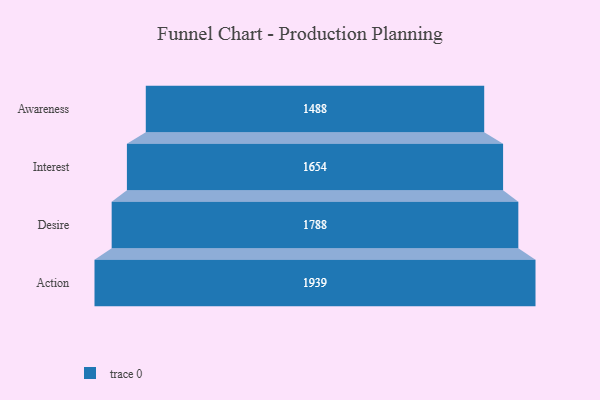
{"axis": {"x": "Stage", "y": "Value"}, "legend": [""], "data": [{"x": "Awareness", "y": 1488.0, "type": ""}, {"x": "Interest", "y": 1654.0, "type": ""}, {"x": "Desire", "y": 1788.0, "type": ""}, {"x": "Action", "y": 1939.0, "type": ""}]}